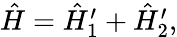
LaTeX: \begin{array}{r}{\hat{H}=\hat{H}_{1}^{\prime}+\hat{H}_{2}^{\prime},}\end{array}